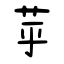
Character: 苸